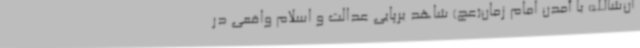
ان‌شاالله با آمدن امام زمان(عج) شاهد برپایی عدالت و اسلام واقعی در